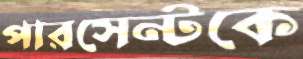
পারসেন্টকে